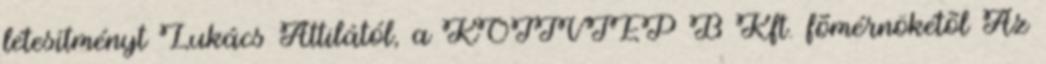
létesítményt Lukács Attilától, a KÖTIVIÉP B Kft. fõmérnökétõl Az